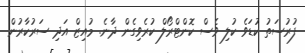
ފުރުސަތު ކުޑަވެ ކުލި ވެސް ކޮންޓްރޯލް ކުރެވިގެން ދާނެ. މުއިޒް އަދި ސަރުކާރުން